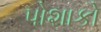
પોશાકો